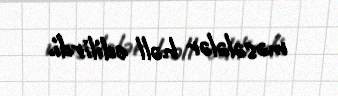
məsələlər həll edilirdi.